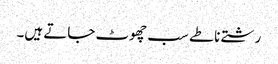
رشتے ناطے سب چھوٹ جاتے ہیں۔